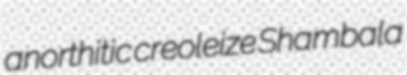
anorthitic creoleize Shambala